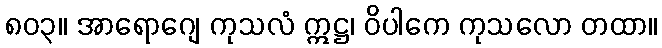
၈၀၃။ အာရောဂျေ ကုသလံ ဣဋ္ဌ၊ ဝိပါကေ ကုသလော တထာ။